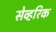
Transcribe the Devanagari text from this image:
सेव्हरिक